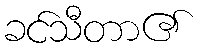
ခင်သီတာ၏